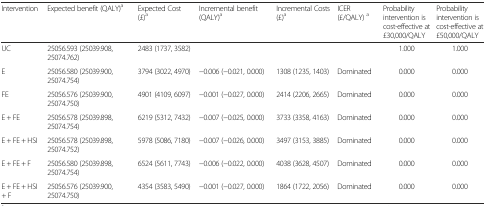
<table><thead><tr><td><b>Intervention</b></td><td><b>Expected benefit (QALY)<sup>a</sup></b></td><td><b>Expected Cost (£)<sup>a</sup></b></td><td><b>Incremental benefit (QALY)<sup>a</sup></b></td><td><b>Incremental Costs (£)<sup>a</sup></b></td><td><b>ICER (£/QALY) <sup>a</sup></b></td><td><b>Probability intervention is cost-effective at £30,000/QALY</b></td><td><b>Probability intervention is cost-effective at £50,000/QALY</b></td></tr></thead><tbody><tr><td>UC</td><td>25056.593 (25039.908, 25074.762)</td><td>2483 (1737, 3582)</td><td></td><td></td><td></td><td>1.000</td><td>1.000</td></tr><tr><td>E</td><td>25056.580 (25039.900, 25074.754)</td><td>3794 (3022, 4970)</td><td>−0.006 (−0.021, 0.000)</td><td>1308 (1235, 1403)</td><td>Dominated</td><td>0.000</td><td>0.000</td></tr><tr><td>FE</td><td>25056.576 (25039.900, 25074.750)</td><td>4901 (4109, 6097)</td><td>−0.001 (−0.027, 0.000)</td><td>2414 (2206, 2665)</td><td>Dominated</td><td>0.000</td><td>0.000</td></tr><tr><td>E + FE</td><td>25056.578 (25039.898, 25074.754)</td><td>6219 (5312, 7432)</td><td>−0.007 (−0.025, 0.000)</td><td>3733 (3358, 4163)</td><td>Dominated</td><td>0.000</td><td>0.000</td></tr><tr><td>E + FE + HSI</td><td>25056.578 (25039.898, 25074.752)</td><td>5978 (5086, 7180)</td><td>−0.007 (−0.026, 0.000)</td><td>3497 (3153, 3885)</td><td>Dominated</td><td>0.000</td><td>0.000</td></tr><tr><td>E + FE + F</td><td>25056.580 (25039.898, 25074.754)</td><td>6524 (5611, 7743)</td><td>−0.006 (−0.022, 0.000)</td><td>4038 (3628, 4507)</td><td>Dominated</td><td>0.000</td><td>0.000</td></tr><tr><td>E + FE + HSI + F</td><td>25056.576 (25039.900, 25074.750)</td><td>4354 (3583, 5490)</td><td>−0.001 (−0.027, 0.000)</td><td>1864 (1722, 2056)</td><td>Dominated</td><td>0.000</td><td>0.000</td></tr></tbody></table>